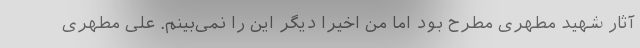
آثار شهید مطهری مطرح بود اما من اخیراً دیگر این را نمی‌بینم. علی مطهری